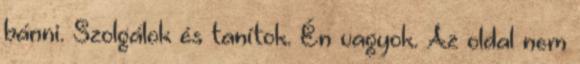
bánni. Szolgálok és tanítok. Én vagyok. Az oldal nem